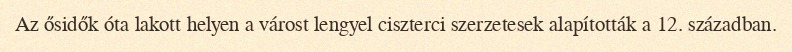
Az ősidők óta lakott helyen a várost lengyel ciszterci szerzetesek alapították a 12. században.